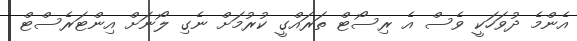
އެންމެ ދުވަހަކީ ވެސް އެ ރިސޯޓް ތަރައްގީ ކުރުމަށް ނެގި ލޯނަށް އިންޓަރެސްޓް